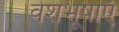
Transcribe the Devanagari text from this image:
वेशभूषाएँ